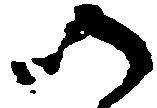
以